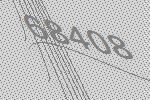
68408